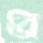
ব্রি